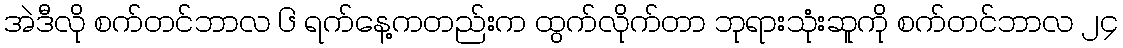
အဲဒီလို စက်တင်ဘာလ ၆ ရက်နေ့ကတည်းက ထွက်လိုက်တာ ဘုရားသုံးဆူကို စက်တင်ဘာလ ၂၄